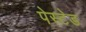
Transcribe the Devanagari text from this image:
पेस्टेड